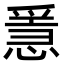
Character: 㥯